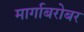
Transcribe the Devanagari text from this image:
मार्गाबरोबर